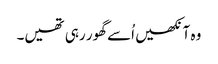
وہ آنکھیں اُسے گھور رہی تھیں۔